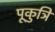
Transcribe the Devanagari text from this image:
पूकुञि